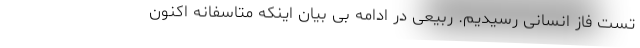
تست فاز انسانی رسیدیم. ربیعی در ادامه بی بیان اینکه متاسفانه اکنون